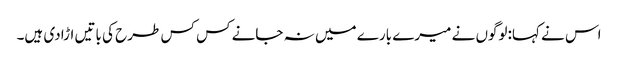
اس نے کہا:لوگوں نے میرے بارے میں نہ جانے کس کس طرح کی باتیں اڑادی ہیں۔